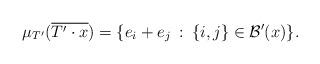
LaTeX: \begin{align*} \mu_{T'}(\overline{T'\cdot x})=\{e_i+e_j\::\:\{i,j\}\in {\mathcal B}'(x)\}.\end{align*}